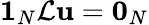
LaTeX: \mathbf{1}_{N}\mathcal{L}\mathbf{u}=\mathbf{0}_{N}